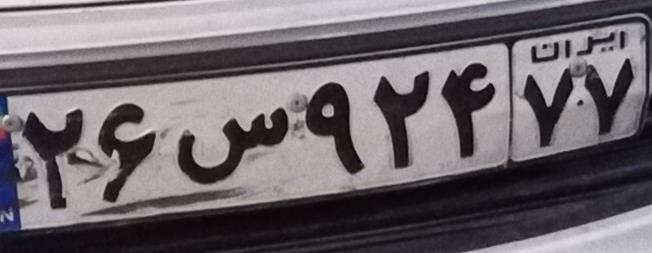
۲۶س۹۲۴۷۷